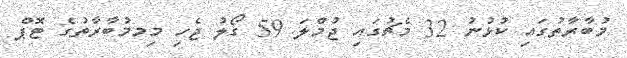
މުބާރާތުގައި ކުޅުނު 32 މެޗުގައި ޖުމްލަ 59 ގޯލު ޖެހި މިމމުބާރާތުގެ ޓޮޕް